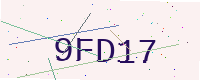
Text: 9FD17